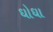
ઘોઘા